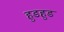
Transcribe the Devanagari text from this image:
हुडहुड